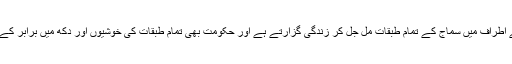
اسنسول اور اسکے اطراف میں سماج کے تمام طبقات مل جل کر زندگی گزارتے ہے اور حکومت بھی تمام طبقات کی خوشیوں اور دکھ میں برابر کے شریک ہوتی ہے۔